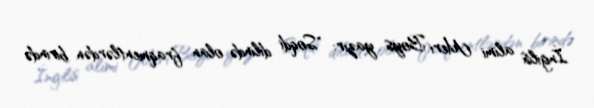
İngilis alimi Meri Boys yazır: "Soqdi dilində olan fraqmentlərdən birində